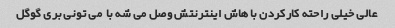
عالی خیلی راحته کارکردن با هاش اینترنتش وصل می شه با  می تونی بری گوگل